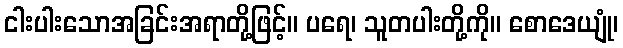
ငါးပါးသောအခြင်းအရာတို့ဖြင့်။ ပရေ၊ သူတပါးတို့ကို။ စောဒေယျုံ၊